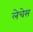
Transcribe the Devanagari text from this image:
लेचेस